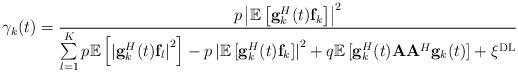
LaTeX: \begin{align*}\gamma_k(t)=\frac{p\left|\mathbb{E}\left[{\bf g}^H_k(t) {\bf f}_k\right]\right|^2}{\sum\limits_{l=1}^K p\mathbb{E}\left[\left|{\bf g}^H_k(t) {\bf f}_l\right|^2\right]-p\left|\mathbb{E}\left[{\bf g}^H_k(t) {\bf f}_k\right]\right|^2+q\mathbb{E}\left[{\bf g}^H_k(t) {\bf A}{\bf A}^H {\bf g}_k(t)\right]+\xi^{\rm DL}}\end{align*}